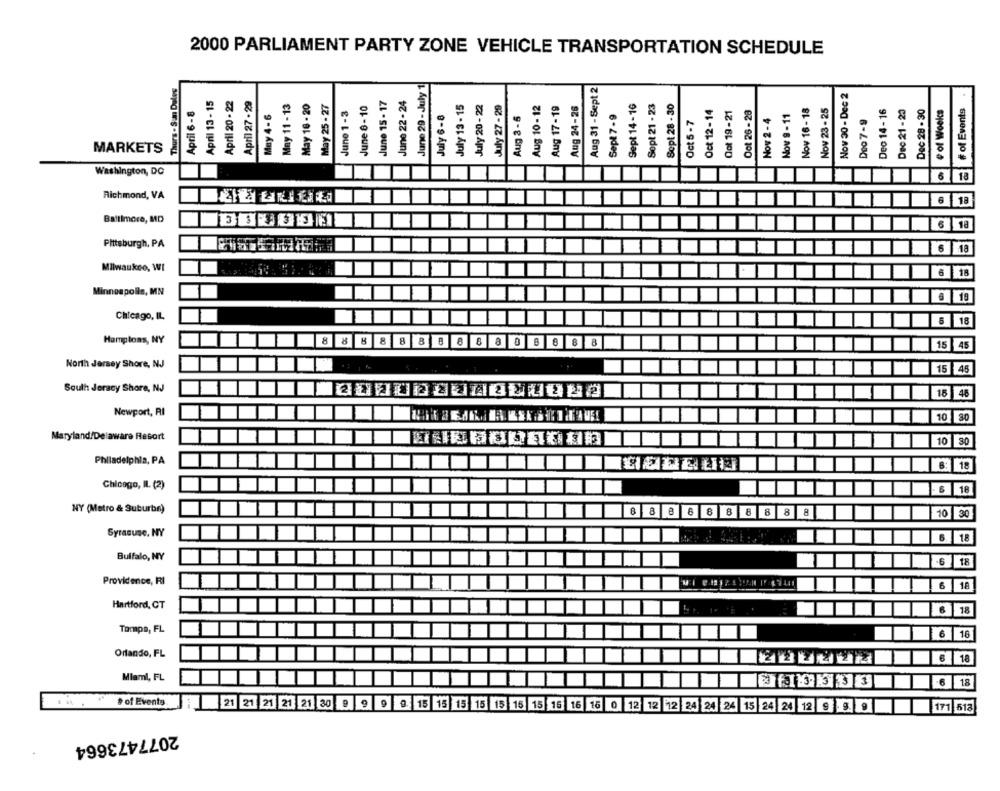
2000 PARLIAMENT PARTY ZONE VEHICLE TRANSPORTATION SCHEDULE
Aug 31 - Sept 2
Thurs . S.an Deles
June 29 - July
Nov 30 - Dec 2
April 13 - 15
April 20 - 22
April 27 - 29
May 11 - 13
May 16 - 20
June 15 - 17
June 22 - 24
Sept 14-16
May 25 - 27
June 8 - 10
July 13 - 15
July 20 - 22
July 27 - 29
Aug 10 - 12
Aug 17-19
Aug 24-26
Sept 21 - 23
Sept 28 - 30
Oct 12-14
Qot 19-21
Oct 26-28
Nov 16 - 18
Nov 23 - 25
Dec 14 - 16
Dec 21 - 20
Dec 28 - 30
# of Wookcs
# of Events
April 6 - 8
May 4 - 6
June 1 - 3
July 6 -8
Aug 3 - 5
Sept 7 - 9
Nov 2 - 4
Nov 9 - 11
Oct 5 - 7
Deo 7-9
MARKETS
Washington, DC
18
Richmond, VA
Baltimore, MD
Pittsburgh, PA
Milwaukee, WI
6
18
Minneapolis, MN
Chicago, IL
Hamptons, NY
8 8 8 8 8 8 8 8 8 8 0 8 8 8 8
15
45
North Jersey Shore, NJ
15 45
South Jersey Shore, NJ
T
18
46
Newport, RI
10 30
Maryland/Delaware Resort
10 30
Philadelphia, PA
Chicago, IL (2)
NY (Metro & Suburban)
8 8 8 8 8 8 8 8 8 8
10 30
Syracuse, NY
18
Buffalo, NY
6
18
Providence, RI
6
18
Hartford, CT
18
Tampa, FL
6 18
Orlando, FL
6 18
Miami, FL
6 18
# of Events
21 21 21 21 21 30 9 9 9 9. 15 15 15 15 15 15 15 15 16 16 0 12 12 12 24 24 24 15 24 24 12 9 1 00
171 618
2077473664